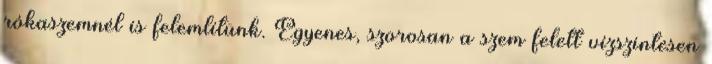
rókaszemnél is felemlítünk. Egyenes, szorosan a szem felett vízszintesen